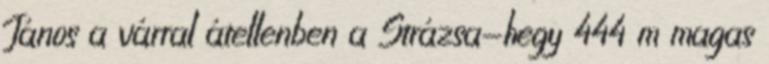
János a várral átellenben a Strázsa-hegy 444 m magas